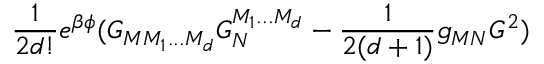
\frac { 1 } { 2 d ! } e ^ { \beta \phi } ( G _ { M M _ { 1 } . . . M _ { d } } G _ { N } ^ { M _ { 1 } . . . M _ { d } } - \frac { 1 } { 2 ( d + 1 ) } g _ { M N } G ^ { 2 } )